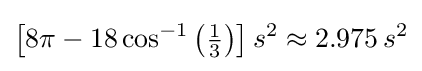
\left[8\pi -18\cos ^{-1}\left({\tfrac {1}{3}}\right)\right]s^{2}\approx 2.975\,s^{2}